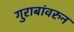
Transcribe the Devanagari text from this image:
गुराबांवरुन